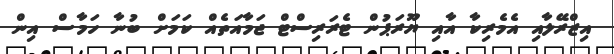
އިޒްރޭލާއި އެމެރިކާ އާއި ޔޫރަޕުން ޓެރަރިސްޓް ޖަމާއަތެއް ކަމަށް ބުނާ ހަމާސް އިން